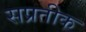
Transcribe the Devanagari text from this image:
सप्रतीक